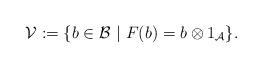
LaTeX: \begin{align*} \mathcal{V}:= \{ b \in \mathcal{B} ~|~ F(b) = b \otimes 1_{\mathcal{A}} \}. \end{align*}